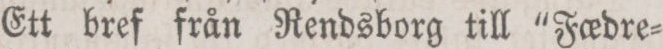
Ett bref från Rendsborg till “Fœdre=